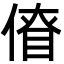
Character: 傄